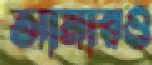
আমারও